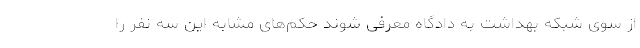
از سوی شبکه بهداشت به دادگاه معرفی شوند حکم‌های مشابه این سه نفر را